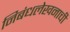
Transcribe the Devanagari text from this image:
निबंधलेखनाची